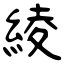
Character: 綾